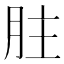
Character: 𦙴